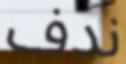
ندف